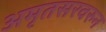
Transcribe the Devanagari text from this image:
अमृतसरवरुन